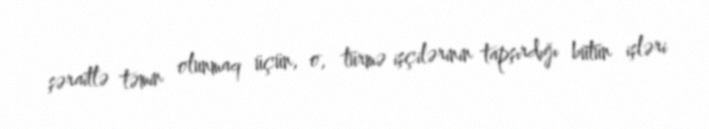
şəraitlə təmin olunmaq üçün, o, türmə işçilərinin tapşırdığı bütün işləri